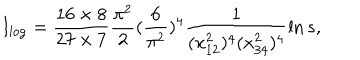
LaTeX: I _ { \log } = \frac { 1 6 \times 8 } { 2 7 \times 7 } \frac { \pi ^ { 2 } } { 2 } ( \frac { 6 } { \pi ^ { 2 } } ) ^ { 4 } \frac { 1 } { ( x _ { 1 2 } ^ { 2 } ) ^ { 4 } ( x _ { 3 4 } ^ { 2 } ) ^ { 4 } } \ln s ,